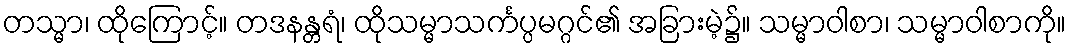
တသ္မာ၊ ထိုကြောင့်။ တဒနန္တရံ၊ ထိုသမ္မာသင်္ကပ္ပမဂ္ဂင်၏ အခြားမဲ့၌။ သမ္မာဝါစာ၊ သမ္မာဝါစာကို။